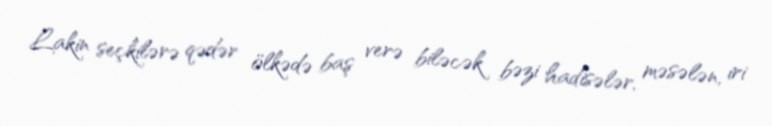
Lakin seçkilərə qədər ölkədə baş verə biləcək bəzi hadisələr, məsələn, iri